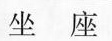
坐座